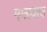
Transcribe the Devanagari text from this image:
मालकच